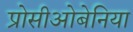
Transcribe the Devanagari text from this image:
प्रोसीओबेनिया